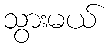
သွားမယ်